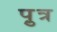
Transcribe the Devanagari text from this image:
प़ुत्र